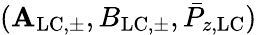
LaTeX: (\mathbf{A}_{\mathrm{{LC,\pm}}},B_{\mathrm{{LC,\pm}}},\bar{{P}}_{z,\mathrm{{LC}}})